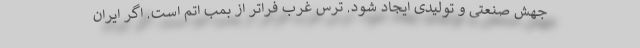
جهش صنعتی و تولیدی ایجاد شود. ترس غرب فراتر از بمب اتم است. اگر ایران